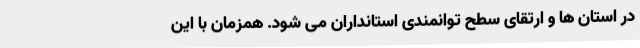
در استان ها و ارتقای سطح توانمندی استانداران می شود. همزمان با این